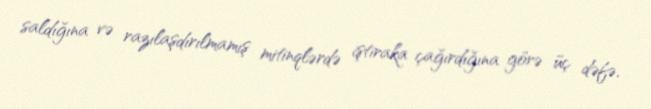
saldığına və razılaşdırılmamış mitinqlərdə iştiraka çağırdığına görə üç dəfə,